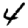
Digit: 4